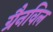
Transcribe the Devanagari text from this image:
ग्रैनविल